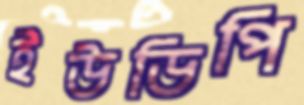
ইউডিপি